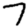
Digit: 7